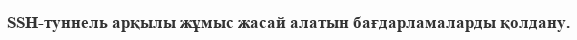
SSH-туннель арқылы жұмыс жасай алатын бағдарламаларды қолдану.